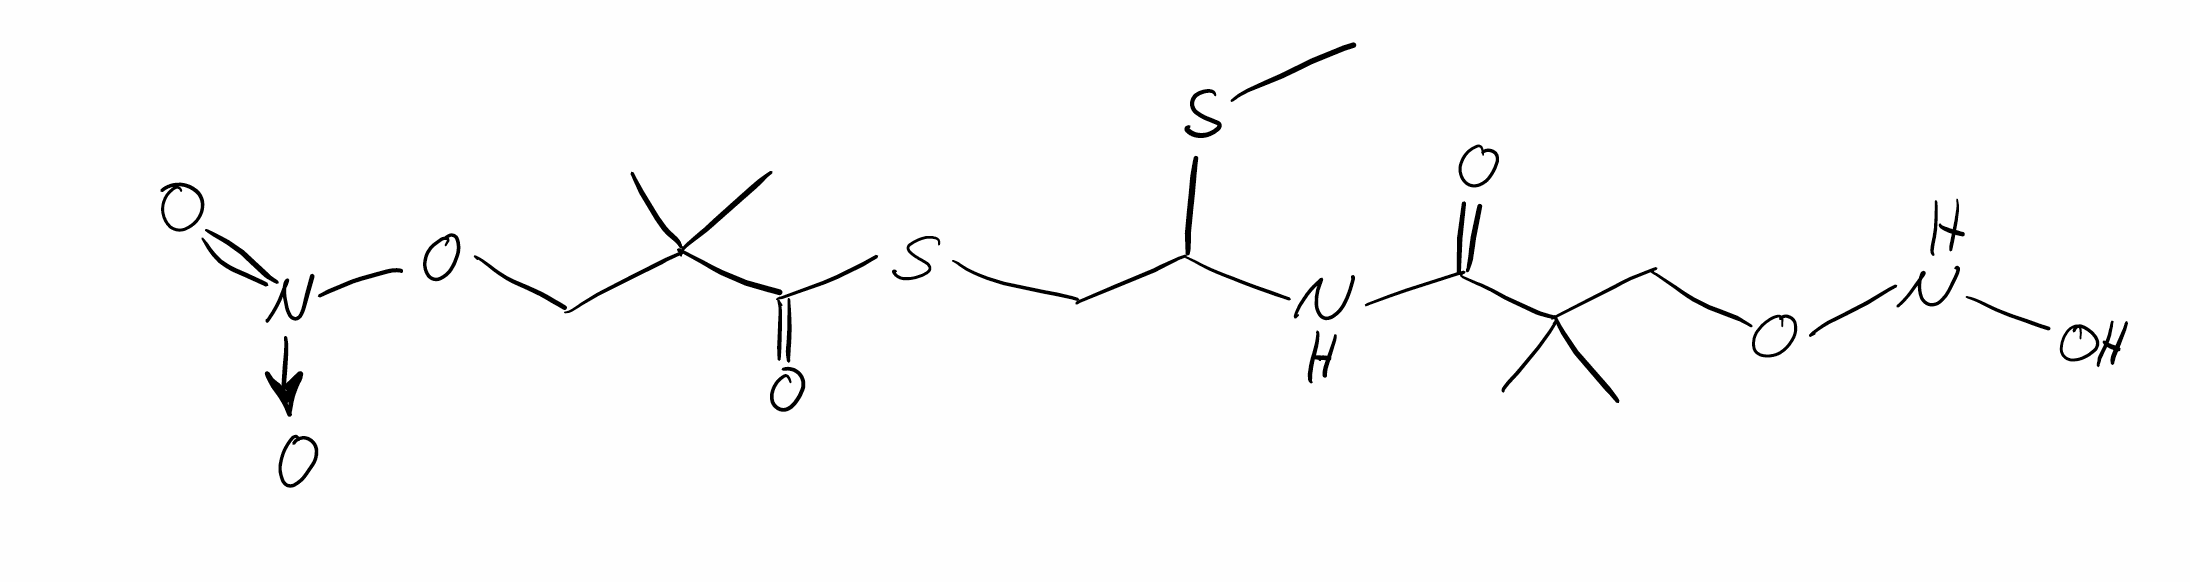
Simplified molecular-input line-entry system (SMILES) notation of the given molecule:
CC(C)(CONO)C(=O)NC(CSC(=O)C(C)(C)CO[N+](=O)[O-])SC